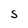
Character: S